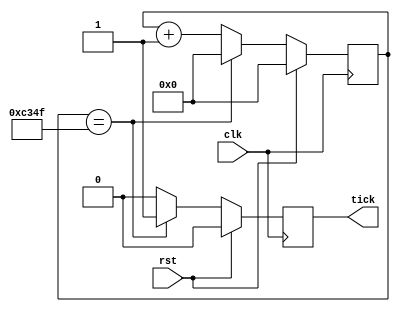
//
// Parameterized modulus-MAX 32-bit tick generator with reset. Use the resulting "tick"
// single clock-pulse as "enable" for your synchronous logic if you need to decrease
// the speed of the data processing without the need of a dedicated extra clock signal.
//
// Luca Pacher - pacher@to.infn.it
// Spring 2020
//


`timescale 1ns / 100ps

module TickCounterRst #(parameter integer MAX = 50000) (      // default is ~9.6 kHz as for UART baud-rate

   input  wire clk,      // assume 100 MHz input clock
   input  wire rst,      // optional external reset, synchronous active-high
   output reg  tick      // single clock-pulse output

   ) ;


   /////////////////////////////////////////////////
   //   32-bit modulus-MAX free-running counter   //
   /////////////////////////////////////////////////

   //
   // **NOTE
   //
   // Assuming 100 MHz input clock we can generate up to 2^32 -1 different tick periods, e.g.
   //
   // MAX =    10 => one "tick" asserted every    10 x 10 ns = 100 ns  => logic "running" at  10 MHz
   // MAX =   100 => one "tick" asserted every   100 x 10 ns =   1 us  => logic "running" at   1 MHz
   // MAX =   200 => one "tick" asserted every   200 x 10 ns =   2 us  => logic "running" at 500 MHz
   // MAX =   500 => one "tick" asserted every   500 x 10 ns =   5 us  => logic "running" at 200 kHz
   // MAX =  1000 => one "tick" asserted every  1000 x 10 ns =  10 us  => logic "running" at 100 kHz
   // MAX = 10000 => one "tick" asserted every 10000 x 10 ns = 100 us  => logic "running" at  10 kHz etc.
   //

   reg [$clog2(MAX)-1:0] count = 'b0 ;   // **IMPORTANT: use the ceil-function on log2(MAX) to determine how many FlipFlops are required to count from 0 to MAX

   always @(posedge clk) begin

      if(rst) begin

         count <= 'b0 ;
         tick  <= 1'b0 ;

      end
      else begin

         if( count == MAX-1 ) begin

            count <= 'b0 ;             // force the roll-over
            tick  <= 1'b1 ;            // assert a single-clock pulse each time the counter resets

         end
         else begin

            count <= count + 'b1 ;
            tick  <= 1'b0 ;

         end
      end    // if rst
   end   // always

endmodule